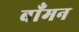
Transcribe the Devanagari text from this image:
बाँमन